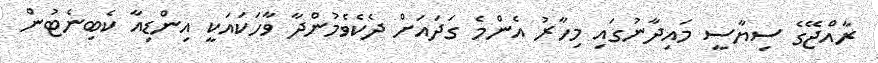
ރާއްޖޭގެ ސިޔާސީ މައިދާނުގައި މިހާރު އެންމެ ގަދައަށް ދެކެވެމުންދާ ވާހަކައަކީ އިންޑިއާ ކެބިނެޓުން